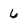
Character: 6